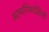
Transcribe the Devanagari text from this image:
बरमानिवासियों